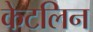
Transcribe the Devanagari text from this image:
केटलिन